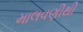
માલવણીથી